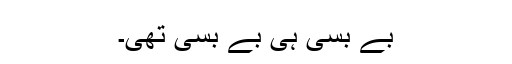
بے بسی ہی بے بسی تھی۔